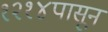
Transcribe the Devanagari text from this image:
१२१४पासून